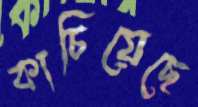
কাচিয়েছে